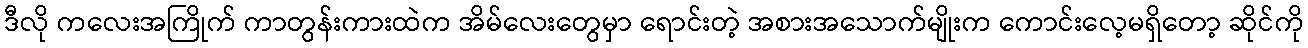
ဒီလို ကလေးအကြိုက် ကာတွန်းကားထဲက အိမ်လေးတွေမှာ ရောင်းတဲ့ အစားအသောက်မျိုးက ကောင်းလေ့မရှိတော့ ဆိုင်ကို